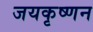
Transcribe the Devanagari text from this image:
जयकृष्णन